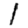
Digit: 1